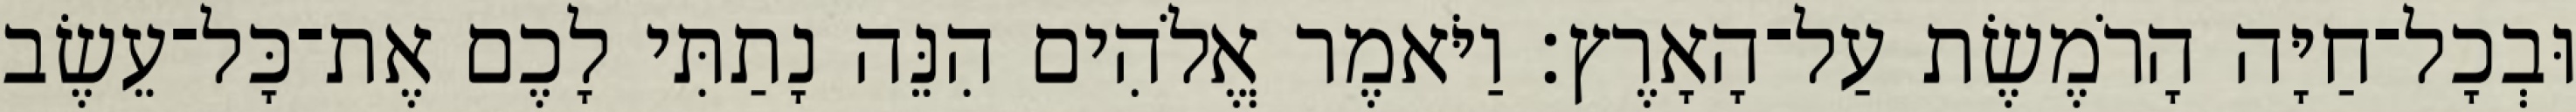
וּבְכָל־חַיָּה הָרֹמֶשֶׂת עַל־הָאָרֶץ׃ וַיֹּאמֶר אֱלֹהִים הִנֵּה נָתַתִּי לָכֶם אֶת־כָּל־עֵשֶׂב